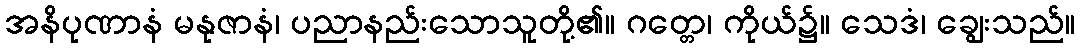
အနိပုဏာနံ မနုဇာနံ၊ ပညာနည်းသောသူတို့၏။ ဂတ္တေ၊ ကိုယ်၌။ သေဒံ၊ ချွေးသည်။